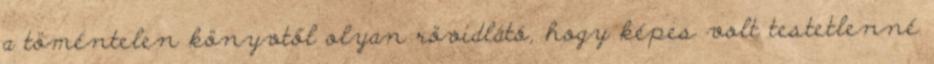
a töméntelen könyvtől olyan rövidlátó, hogy képes volt testetlenné